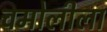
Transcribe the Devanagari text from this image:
चमोलीला